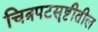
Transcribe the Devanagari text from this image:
चित्रपटसॄष्टीतील